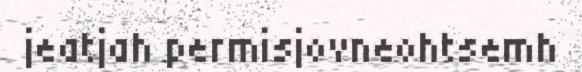
jeatjah permisjovneohtsemh